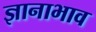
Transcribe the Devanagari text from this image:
ज्ञानाभाव